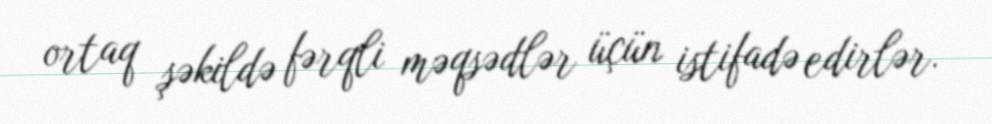
ortaq şəkildə fərqli məqsədlər üçün istifadə edirlər.